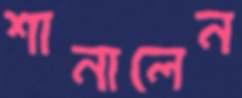
শানালেন